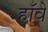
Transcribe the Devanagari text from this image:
हॉवे